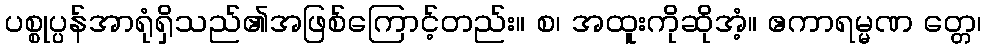
ပစ္စုပ္ပန်အာရုံရှိသည်၏အဖြစ်ကြောင့်တည်း။ စ၊ အထူးကိုဆိုအံ့။ ဧကာရမ္မဏ တ္တေ၊